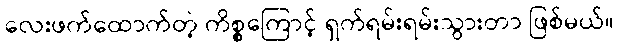
လေးဖက်ထောက်တဲ့ ကိစ္စကြောင့် ရှက်ရမ်းရမ်းသွားတာ ဖြစ်မယ်။